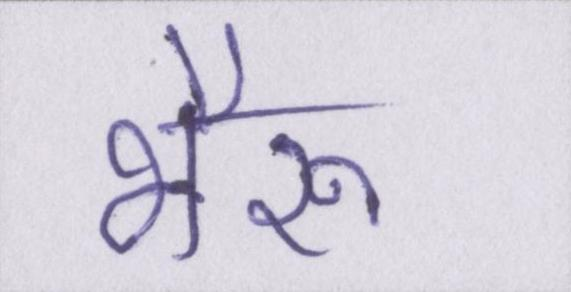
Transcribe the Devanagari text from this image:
भैरू